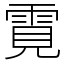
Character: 䨘